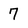
Character: 7